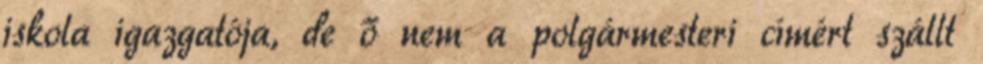
iskola igazgatója, de ő nem a polgármesteri címért szállt